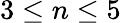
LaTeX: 3\leq n\leq 5